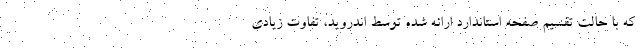
که با حالت تقسیم صفحه استاندارد ارائه شده توسط اندروید، تفاوت زیادی